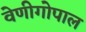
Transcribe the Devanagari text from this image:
वेणीगोपाल